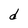
Character: d